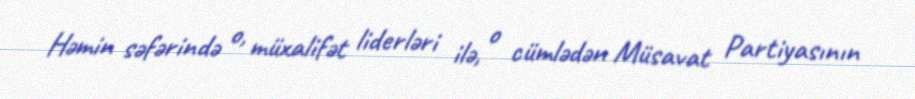
Həmin səfərində o, müxalifət liderləri ilə, o cümlədən Müsavat Partiyasının